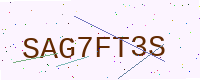
Text: SAG7FT3S